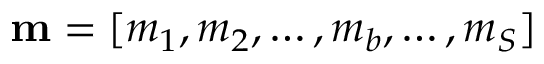
\mathbf { m } = [ m _ { 1 } , m _ { 2 } , \dots , m _ { b } , \dots , m _ { S } ]